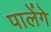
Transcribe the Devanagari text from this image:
पालेंगे